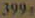
399